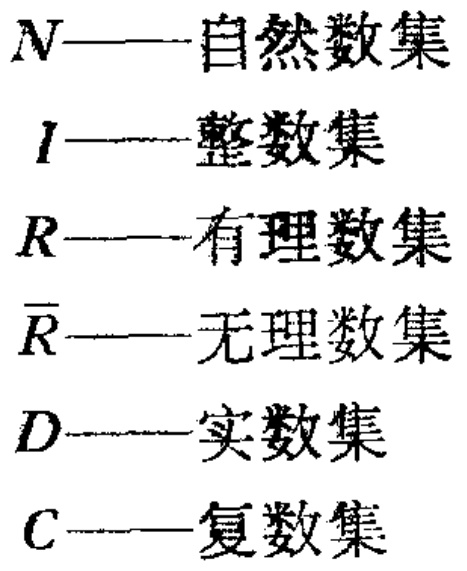
$N$——自然数集

$I$——整数集

$R$——有理数集

$\overline{R}$——无理数集

$D$——实数集

$C$——复数集